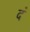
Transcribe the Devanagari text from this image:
दं